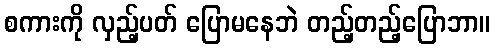
စကားကို လှည့်ပတ် ပြောမနေဘဲ တည့်တည့်ပြောဘာ။